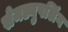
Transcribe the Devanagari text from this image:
सेमड्युपलिंग